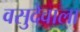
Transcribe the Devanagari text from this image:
वसुदेवाला